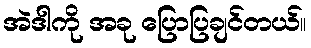
အဲဒါကို အခု ပြောပြချင်တယ်။